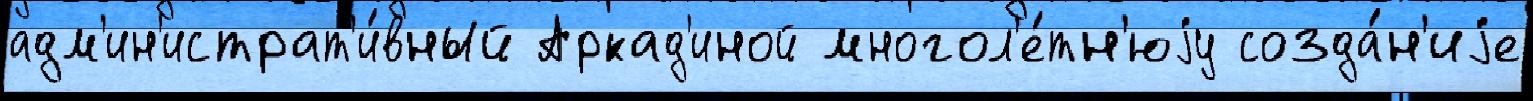
адм'ин'истрат'и́вный Аркад'иной многол'е́тн'юjу созда́н'иjе